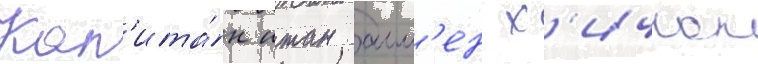
Кап'ита́н итан алл'ен х'ичкок